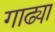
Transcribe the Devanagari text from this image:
गाढ्या